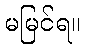
မမြင်ရ။